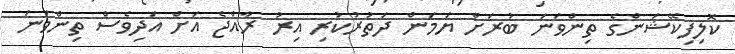
ކޮލިފިކޭޝަންގެ ތިންވަނަ ބުރަށް ޔަމަން ދަތުރުކުރި އިރު ރާއްޖެ އަށް އަދިވެސް ތިންވަނަ